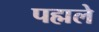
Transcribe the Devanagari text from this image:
पह्मले